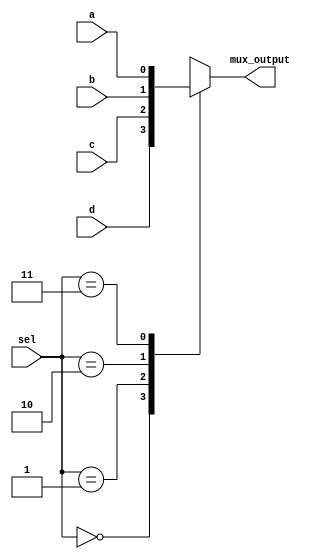
`timescale 1ns / 1ps
//////////////////////////////////////////////////////////////////////////////////
// Company: 
// Engineer: 
// 
// Design Name: 
// Module Name: four_by1mux
// Project Name: 
// Target Devices: 
// Tool Versions: 
// Description: 
// 
// Dependencies: 
// 
// Revision:
// Revision 0.01 - File Created
// Additional Comments:
// 
//////////////////////////////////////////////////////////////////////////////////


module four_by_1mux(input a,b,c,d,input [1:0] sel, output reg mux_output);
always@* begin
case(sel)
2'b00: mux_output=d;
2'b01: mux_output=c;
2'b10: mux_output=b;
2'b11: mux_output=a;
endcase
end
endmodule